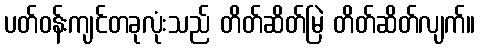
ပတ်ဝန်းကျင်တခုလုံးသည် တိတ်ဆိတ်မြဲ တိတ်ဆိတ်လျက်။